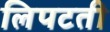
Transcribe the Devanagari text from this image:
लिपटती